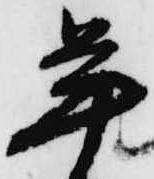
年